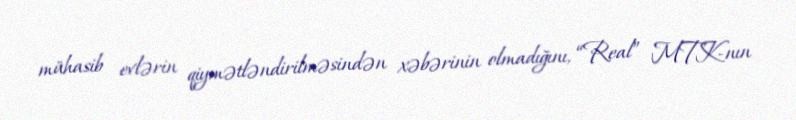
mühasib evlərin qiymətləndirilməsindən xəbərinin olmadığını, “Real” MTK-nın